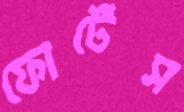
ফোর্টেস